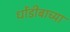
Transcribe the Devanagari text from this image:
धोंडीबाच्या